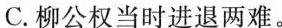
C.柳公权当时进退两难。